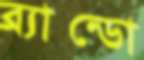
ব্র্যান্ডো